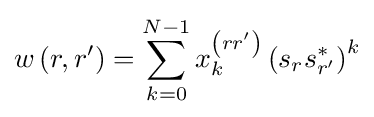
w\left(r,r'\right)=\sum _{k=0}^{N-1}x_{k}^{\left(rr'\right)}\left(s_{r}s_{r'}^{*}\right)^{k}